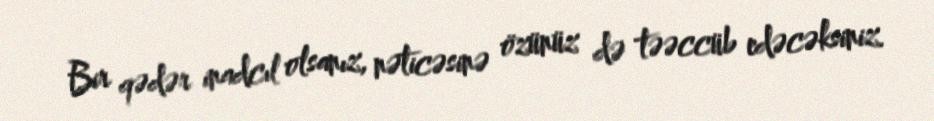
Bir qədər inadcıl olsanız, nəticəsinə özünüz də təəccüb edəcəksiniz.